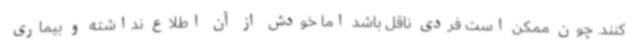
کنند. چون ممکن است فردی ناقل باشد اما خودش از آن اطلاع نداشته و بیماری